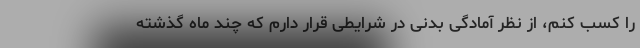
را کسب کنم، از نظر آمادگی بدنی در شرایطی قرار دارم که چند ماه گذشته